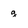
Character: g